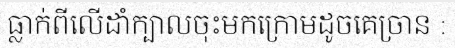
ធ្លាក់ពីលើដាំក្បាលចុះមកក្រោមដូចគេច្រាន :